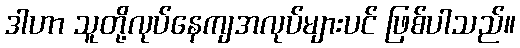
ဒါဟာ သူတို့လုပ်နေကျအလုပ်များပင် ဖြစ်ပါသည်။